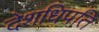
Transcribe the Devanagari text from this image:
देशधिपति